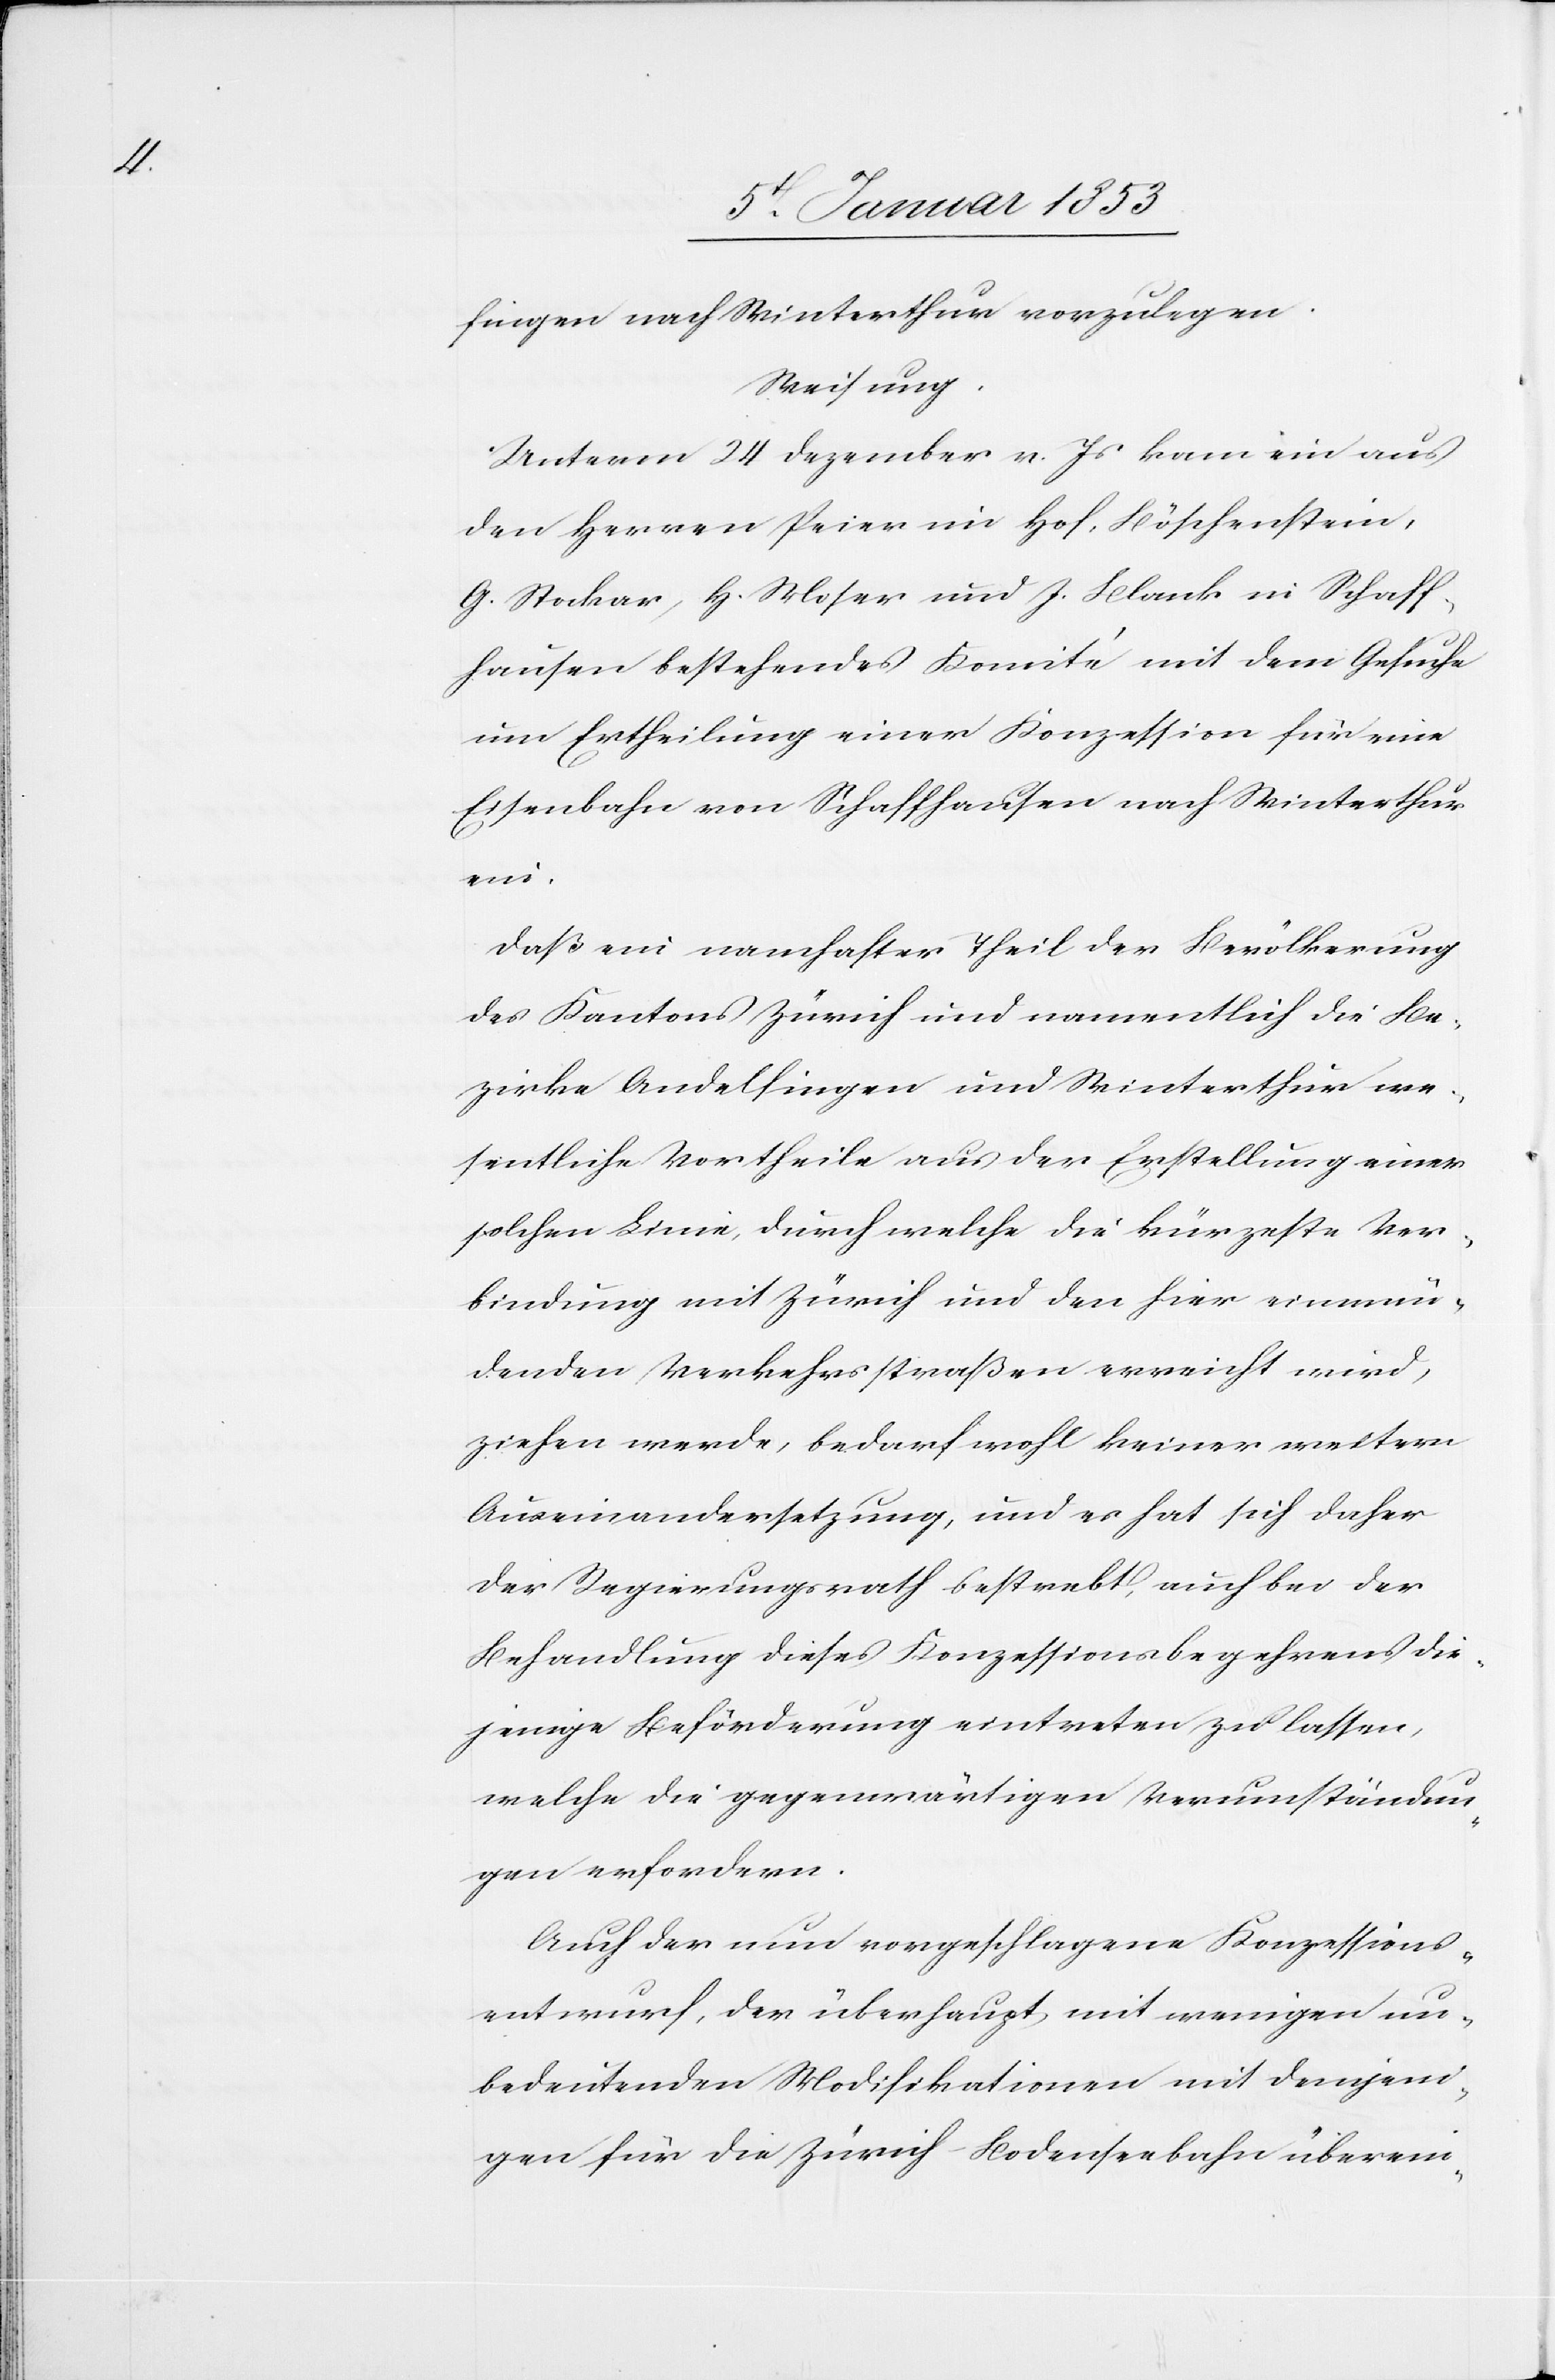
fingen nach Winterthur vorzulegen.
Weisung.
Unterm 24. Dezember v. Js. kam ein aus
den Herren Peier im Hof, Böschenstein,
G. Stockar, H. Moser und J. Blank in Schaff¬
hausen bestehendes Komité mit dem Gesuche
um Ertheilung einer Konzession für eine
Eisenbahn von Schaffhausen nach Winterthur
ein.
daß ein namhafter Theil der Bevölkerung
des Kantons Zürich und namentlich die Be¬
zirke Andelfingen und Winterthur we¬
sentliche Vortheile aus der Erstellung einer
solchen Linie durch welche die kürzeste Ver¬
bindung mit Zürich und den hier einmün¬
denden Verkehrsstraßen erreicht wird,
ziehen werde, bedarf wohl keiner weitern
Auseinandersetzung, und es hat sich daher
der Regierungsrath bestrebt, auch bei der
Behandlung dieses Konzessionsbegehrens die¬
jenige Beförderung eintreten zu lassen,
welche die gegenwärtigen Verumständun¬
gen erfordern.
Auch der nun vorgeschlagene Konzessions¬
entwurf, der überhaupt mit wenigen un¬
bedeutenden Modifikationen mit demjeni¬
gen für die Zürich-Bodenseebahn überein-